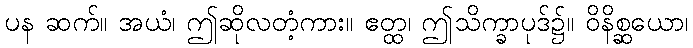
ပန ဆက်။ အယံ၊ ဤဆိုလတံ့ကား။ ဧတ္ထ၊ ဤသိက္ခာပုဒ်၌။ ဝိနိစ္ဆယော၊